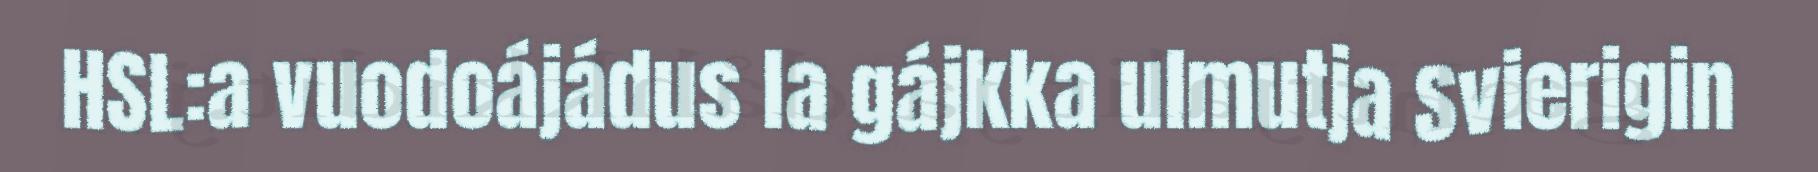
HSL:a vuodoájádus la gájkka ulmutja Svierigin